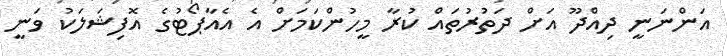
އަންނަނީ ދިއްދޫ އަށް ދަތުރުތައް ކުރާ މީހުންކަމަށް އެ އެއާޕޯޓުގެ އޮފިޝަލަކު ވަނީ